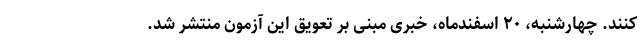
کنند. چهارشنبه، ۲۰ اسفندماه، خبری مبنی بر تعویق این آزمون منتشر شد.